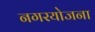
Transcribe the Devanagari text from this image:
नगरयोजना